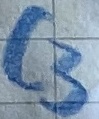
Text: C3